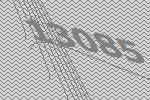
13085